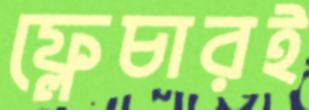
ফ্লেচারই